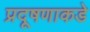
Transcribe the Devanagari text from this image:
प्रदूषणाकडे